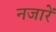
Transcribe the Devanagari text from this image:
नजारें